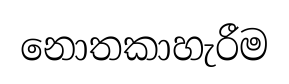
නොතකාහැරීම